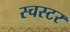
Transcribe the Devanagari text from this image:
स्चस्टर